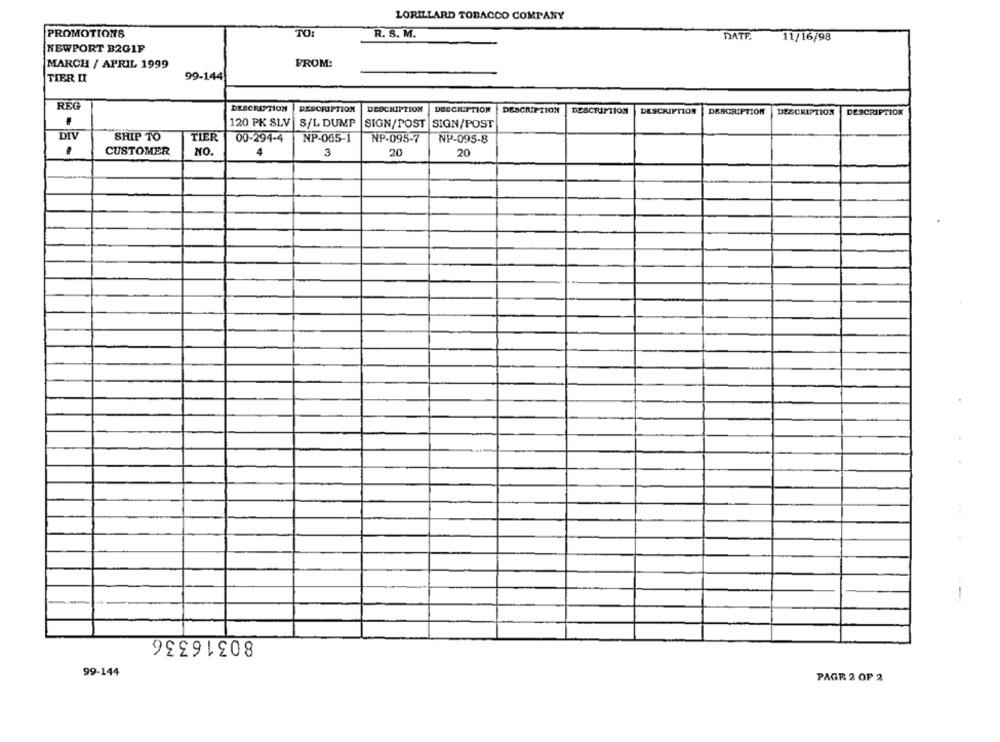
LORILLARD TOBACCO COMPANY
PROMOTIONS
TO:
R. S. M.
DATE
11/16/98
NEWPORT B2GIF
MARCH / APRIL 1999
FROM:
TIER II
99-144
REG
DESCRIPTION
DESCRIPTION
DEOCRIPTION
DESCRIPTION
DESCRIPTION
DESCRIPTION
DESCRIPTION
DESCRIPTION
DESCRIPTION
DESCRIPTION
120 PK SLV
S/L DUMP
SIGN/POST
SIGN/POST
DIV
SHIP TO
TIER
00-294-4
NP-065-1
NP-095-7
NP-095-8
CUSTOMER
NO.
4
3
20
20
80316336
99-144
PAGE 2 OF 2